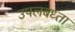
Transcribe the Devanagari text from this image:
उपलबध्ता